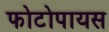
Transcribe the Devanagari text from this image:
फोटोपायस